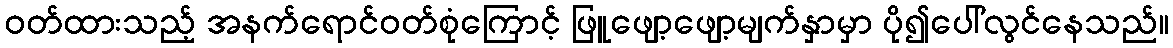
ဝတ်ထားသည့် အနက်ရောင်ဝတ်စုံကြောင့် ဖြူဖျော့ဖျော့မျက်နှာမှာ ပို၍ပေါ်လွင်နေသည်။